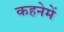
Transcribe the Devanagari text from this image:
कहनेमें